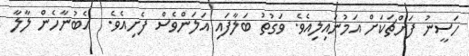
ހަސީނު ފަށްޗަކަށް އަމުނައިލިއެވެ. ވަގުތު ބަލާފައި އަލަންވެސް ފެށިއެވެ.  އެބުނާހެން ލާލާ